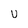
Character: U